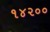
૧૪૨૦૦